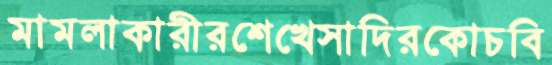
মামলাকারীরশেখেসাদিরকোচবি